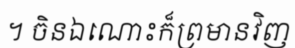
។ ចិនឯណោះក៏ព្រមានវិញ